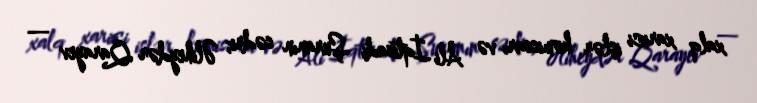
xalq xarici işlər komissarı və Ali İqtisadi Şuranın sədri; Əliheydər Qarayev —